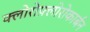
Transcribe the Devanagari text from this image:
क्लोरोफ़्लोरोकार्बन